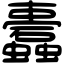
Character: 蠹